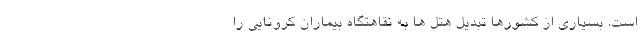
است. بسیاری از کشورها تبدیل هتل ها به نقاهتگاه بیماران کرونایی را